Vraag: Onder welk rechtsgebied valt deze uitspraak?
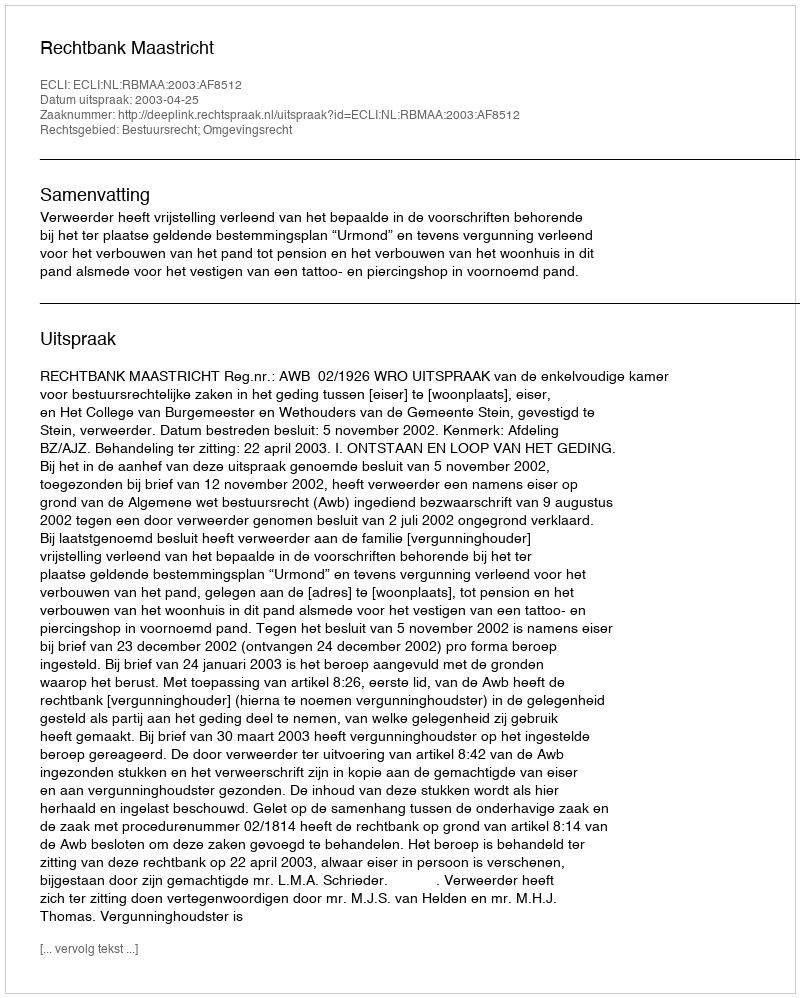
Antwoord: Bestuursrecht; Omgevingsrecht